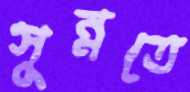
সুন্নতে